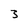
Character: 3